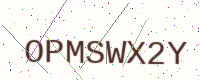
Text: OPMSWX2Y